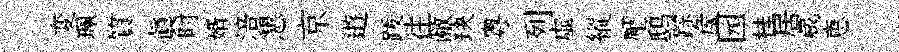
変珮質真时婿涪懇京逰䟦往敝玦粤列虚縱壓鸱踪矦园桂居蕆恵